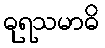
ဓုရသမာဓိ